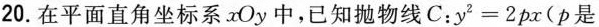
2 0.在平面直角坐标系xOy中，已知抛物线$$C ：$$^{ 2 } = 2 p x$$(p是